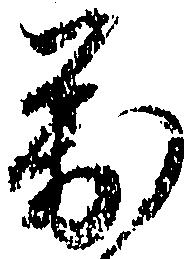
万